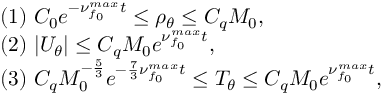
\begin{array} { r l } & { ( 1 ) ~ C _ { 0 } e ^ { - \nu _ { f _ { 0 } } ^ { m a x } t } \leq \rho _ { \theta } \leq C _ { q } M _ { 0 } , } \\ & { ( 2 ) ~ | U _ { \theta } | \leq C _ { q } M _ { 0 } e ^ { \nu _ { f _ { 0 } } ^ { m a x } t } , } \\ & { ( 3 ) ~ C _ { q } M _ { 0 } ^ { - \frac { 5 } { 3 } } e ^ { - \frac { 7 } { 3 } \nu _ { f _ { 0 } } ^ { m a x } t } \leq T _ { \theta } \leq C _ { q } M _ { 0 } e ^ { \nu _ { f _ { 0 } } ^ { m a x } t } , } \end{array}